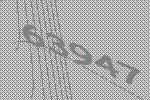
63947